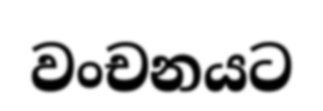
වංචනයට